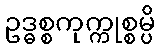
ဥဒ္ဓစ္စကုက္ကုစ္စမ္ပိ